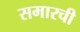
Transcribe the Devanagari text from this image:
समारची